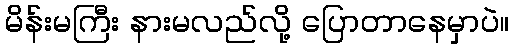
မိန်းမကြီး နားမလည်လို့ ပြောတာနေမှာပဲ။